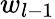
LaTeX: w_{l-1}